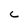
Character: C